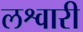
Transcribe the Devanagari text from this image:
लश्वारी